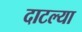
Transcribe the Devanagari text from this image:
दाटल्या